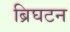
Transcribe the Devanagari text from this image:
ब्रिघटन